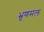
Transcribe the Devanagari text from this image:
भ्रूणमल